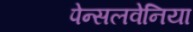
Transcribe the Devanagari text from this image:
पेन्सलवेनिया